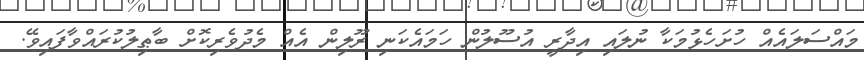
މައްސަލައެއް ހުށަހެޅުމަކާ ނުލައި އިދާރީ އުސޫލުން ހަމައެކަނި ރޫލިން އެއް މެދުވެރިކޮށް ބާޠިލުކުރައްވާފައިވޭ.